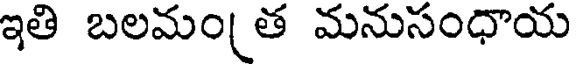
ఇతి బలమం త మనుసంధాయ